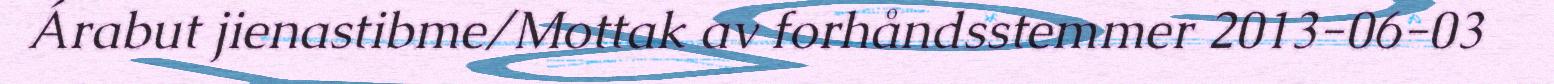
Árabut jienastibme/Mottak av forhåndsstemmer 2013-06-03